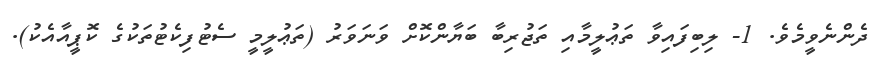
ދެންނެވީމެވެ. 1- ލިބިފައިވާ ތަޢުލީމާއި ތަޖުރިބާ ބަޔާންކޮށް ވަނަވަރު (ތަޢުލީމީ ސެޓުފިކެޓުތަކުގެ ކޮޕީއާއެކު).